Annual statistical returns and brief notes on vaccination in Bengal - 1909-1929
Year: 1909
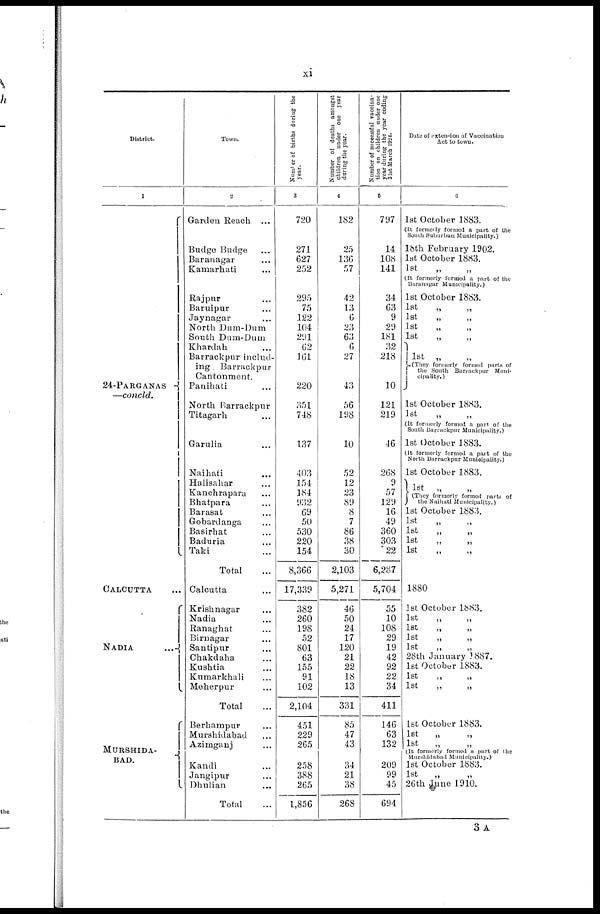
xi
District.
1
24-PARGANAS
—concld.
CALCUTTA
NADIA...
MURSHIDA-
BAD.
Town.
2
Garden Reach ...
Budge Budge...
Baranagar...
Kamarhati...
Rajpur...
Baruipur...
Jaynagar...
North Dum-Dum
South Dum-Dum
Khardah...
Barrackpur includ-
ing. Barrackpur
Cantonment.
Panihati...
North Barrackpur...
Titagarh...
Garulia...
Naihati...
Halisahar...
Kanchrapara...
Bhatpara...
Barasat...
Gobardanga...
Basirhat... ...
Baduria...
Taki...
Total...
Calcutta...
Krishnagar...
Nadia...
Ranaghat...
Birnagar...
Santipur...
Chakdaha...
Kushtia...
Kumarkhali...
Meherpur...
Total...
Berhampur...
Murshidabad...
Azimganj...
Kandi...
Jangipur...
Dhulian...
Total...
Number of births during the
year.
3
720
271
627
252
295
75
122
104
291
62
161
220
351
748
137
403
154
184
932
69
50
530
220
154
8,366
17,339
382
260
198
52
801
63
155
91
102
2,104
451
229
265
258
388
265
1,856
Number of deaths amongst
children under one year
during the year.
4
182
25
136
57
42
13
6
23
63
6
27
43
56
198
10
52
12
23
89
8
7
86
38
30
2,103
5,271
46
50
24
17
120
21
22
18
13
331
85
47
43
34
21
38
268
Number of successful vaccina-
tion on children under one
year during the year ending
31st March 1924.
5
797
14
108
141
34
63
9
29
181
32
218
10
121
219
46
268
9
57
129
16
49
360
303
22
6,287
5,704
55
10
108
29
19
42
92
22
34
411
146
63
132
209
99
45
694
Date of extension of Vaccination
Act to town.
6
1st October 1883.
(It formerly formed a part of the
South Suburban Municipality.)
18th February 1902.
1st October 1883.
1st
„
„
(It formerly, formed a part of the
Baranagar Municipality.)
1st October 1883.
1st
„
„
1st
„
„
1st
1st
„
„
1st „
„
(They formerly formed parts of
the South Barrackpur Muni-
cipality.)
1st October 1883.
1st
„
„
(It formerly formed a part of the
South Barrackpur Municipality.)
1st October 1883.
(It formerly formed a part of the
North Barrackpur Municipality.)
1st October 1883.
1st „
(They formerly formed parts of
the Naihati Municipality.)
1st October 1883.
1st
1st „ „
1st
„
„
1st
„
„
1880
1st October 1883.
1st
„
„
1st
„
„
1st
„
„
1st
„
„
28th January 1887.
1st October 1883.
1st
„
„
1st „ „
1st October 1883.
1st
„
„
1st
„
„
(It formerly formed a part of the
Murshidabad Municipality.)
1st October 1883.
1st
„
„
26th June 1910.
3A